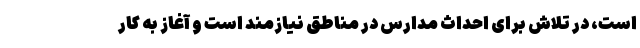
است، در تلاش برای احداث مدارس در مناطق نیازمند است و آغاز به کار